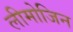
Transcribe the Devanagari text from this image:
लीमोजिन